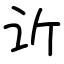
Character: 䜣